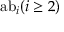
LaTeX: { \mathrm { a b } } _ { i } ( i \geq 2 )